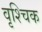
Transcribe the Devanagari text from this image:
वृश्‍चिक